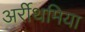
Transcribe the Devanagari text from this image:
अर्रीथमिया